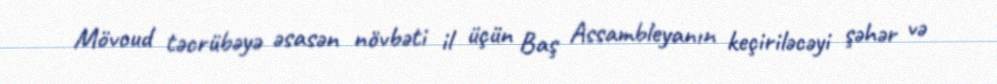
Mövcud təcrübəyə əsasən növbəti il üçün Baş Assambleyanın keçiriləcəyi şəhər və